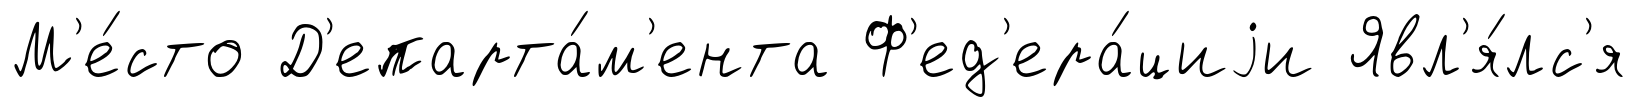
М'е́сто Д'епарта́м'ента Ф'ед'ера́циjи Явл'я́лс'я